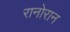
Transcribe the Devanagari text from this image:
रानोरान